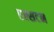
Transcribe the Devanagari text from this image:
एल्सटन